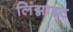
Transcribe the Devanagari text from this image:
लिंग्नाइट